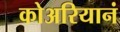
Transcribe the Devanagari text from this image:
कोअरियानं